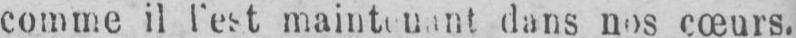
comme il l’est maintenant dans nos cœurs.